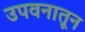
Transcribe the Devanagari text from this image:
उपवनातून